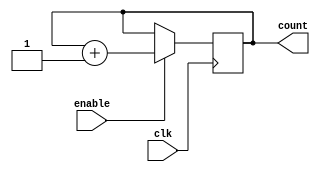
module binary_up_counter(
    input clk,
    input enable,
    output reg [3:0] count
);

always @(posedge clk) begin
    if (enable) begin
        count <= count + 4'b1;
    end
end

endmodule